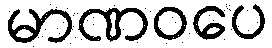
မာဏဝပေ